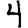
Digit: 4